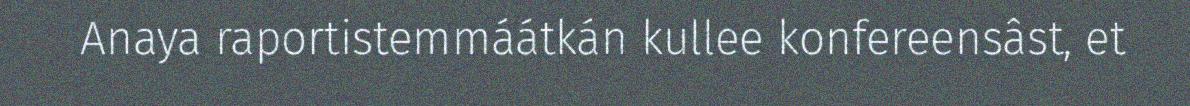
Anaya raportistemmáátkán kullee konfereensâst, et